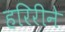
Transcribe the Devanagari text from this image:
हरिरीने